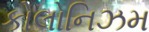
કોલોનિઝમ